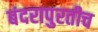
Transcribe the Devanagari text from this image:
बंदरापुरतीच